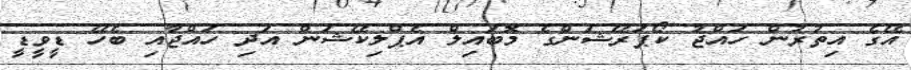
އޭގެ އިތުރުން ހައްޖު ކޯޕަރޭޝަންގެ މޮބައިލް އެޕްލިކޭޝަން އަދި ހައްޖާއި ބެހޭ ޑީވީޑީ